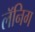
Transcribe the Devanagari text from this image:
लॅनिग